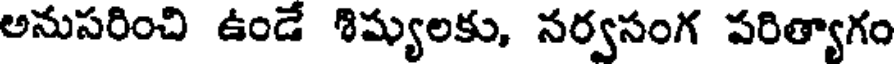
అనుసరించి ఉండే శిష్యులకు, నర్వసంగ పరిత్యాగం